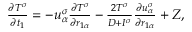
\begin{array} { r } { \begin{array} { r } { \frac { \partial T ^ { \sigma } } { \partial t _ { 1 } } = - u _ { \alpha } ^ { \sigma } \frac { \partial T ^ { \sigma } } { \partial r _ { 1 \alpha } } - \frac { 2 T ^ { \sigma } } { D + I ^ { \sigma } } \frac { \partial u _ { \alpha } ^ { \sigma } } { \partial r _ { 1 \alpha } } + Z , } \end{array} } \end{array}